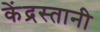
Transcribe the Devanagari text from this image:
केंद्रस्तानी